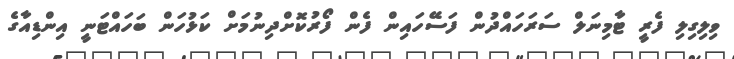
ވިލިގިލި ފެރީ ޓާމިނަލް ސަރަހައްދުން ފަސޭހައިން ފެން ފޯރުކޮށްދިނުމަށް ކަޅުހަން ބަހައްޓަނީ އިންޑިއާގެ